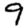
Digit: 9